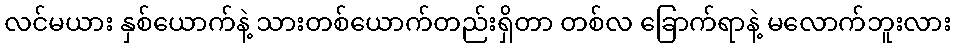
လင်မယား နှစ်ယောက်နဲ့ သားတစ်ယောက်တည်းရှိတာ တစ်လ ခြောက်ရာနဲ့ မလောက်ဘူးလား